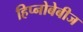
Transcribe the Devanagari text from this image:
हिप्नोबेबीज